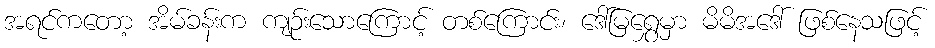
အရင်ကတော့ အိမ်ခန်းက ကျဉ်းသောကြောင့် တစ်ကြောင်း၊ ဒေါ်မြရွှေမှာ မိမိအဒေါ် ဖြစ်နေသဖြင့်